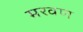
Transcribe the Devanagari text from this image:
मरवण